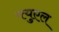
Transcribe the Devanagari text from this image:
फ्युएल